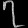
Digit: ၇